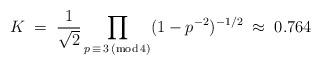
LaTeX: \begin{align*}K\;=\;\frac{1}{\sqrt{2}}\prod_{p\, \equiv\, 3\,(\mathrm{mod}\,4)}(1-p^{-2})^{-1/2}\;\approx\; 0.764 \end{align*}